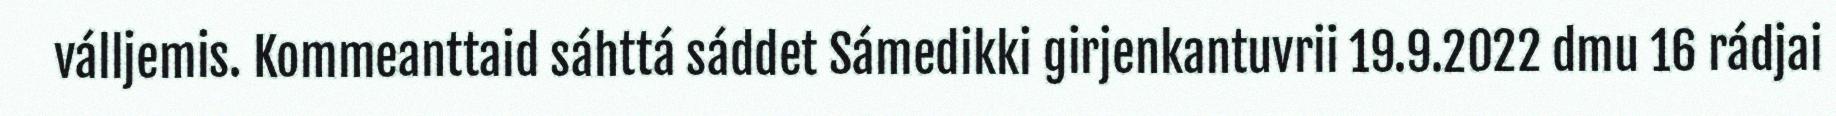
válljemis. Kommeanttaid sáhttá sáddet Sámedikki girjenkantuvrii 19.9.2022 dmu 16 rádjai